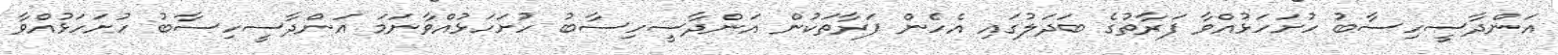
އަންދާސީހިސާބު ހުށަހަޅުއްވާ ފަރާތުގެ ބަދަލުގައި އެހެން ފަރާތަކުން އަންދާސީހިސާބު ހުށަހަޅުއްވާނަމަ އަންދާސީހިސާބު ހުށަހަޅުއްވާ